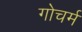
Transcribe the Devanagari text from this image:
गोचर्म